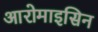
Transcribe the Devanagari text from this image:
आरोमाइसिन